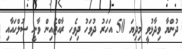
ދުންޔާ ވިދާޅުވީ މިދިޔަ 50 އަހަރު ދުވަހު ދިވެހި ރާއްޖެއިން ވާނީ ސުލްހައާއި